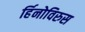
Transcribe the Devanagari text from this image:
र्हिनोविरुस